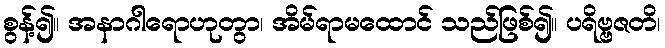
စွန့်၍။ အနာဂါရောဟုတွာ၊ အိမ်ရာမထောင် သည်ဖြစ်၍။ ပရိဗ္ဗဇတိ၊